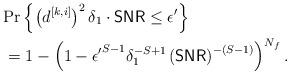
LaTeX: \begin{align*} &\textrm{Pr}\left\{\left(d^{[k,i]}\right)^2\delta_1\cdot\mathsf{SNR}\le \epsilon'\right\} \\ &=1-\left(1-{\epsilon'}^{S-1}\delta_1^{-S+1}\left(\mathsf{SNR}\right)^{-(S-1)}\right)^{N_f}.\end{align*}